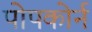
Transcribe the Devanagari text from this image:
पोपकोर्न